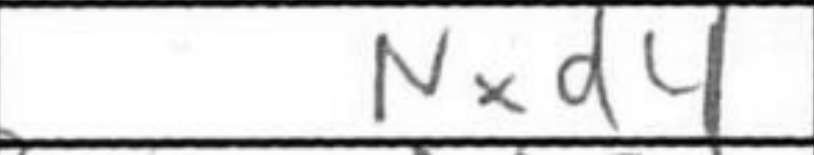
Transcription: Nxd4